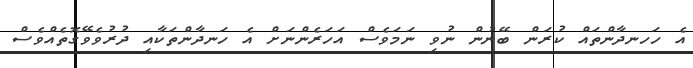
އެ ހަހނދާންތައް ކުރަން ބޭނުން ނުވި ނަމަވެސް އަހަރެންނަށް އެ ހަނދާންތަކާއި ދުރުވެވޭގޮތެއްވެސް